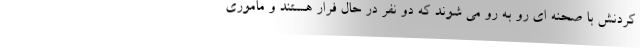
کردنش با صحنه ای رو به رو می شوند که دو نفر در حال فرار هستند و ماموری